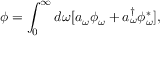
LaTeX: \phi = \int _ { 0 } ^ { \infty } d \omega [ a _ { \omega } \phi _ { \omega } + a _ { \omega } ^ { \dagger } \phi _ { \omega } ^ { \ast } ] ,